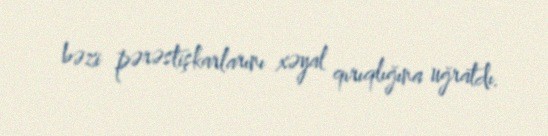
bəzi pərəstişkarlarını xəyal qırıqlığına uğratdı.